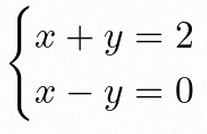
\begin{cases}x+y=2\\x-y=0\end{cases}